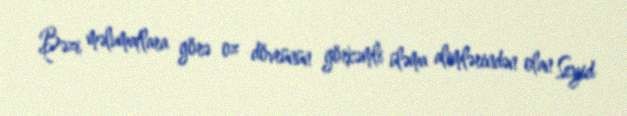
Bəzi məlumatlara görə oz dövrünün görkəmli üləma alimlərindən olan Seyid